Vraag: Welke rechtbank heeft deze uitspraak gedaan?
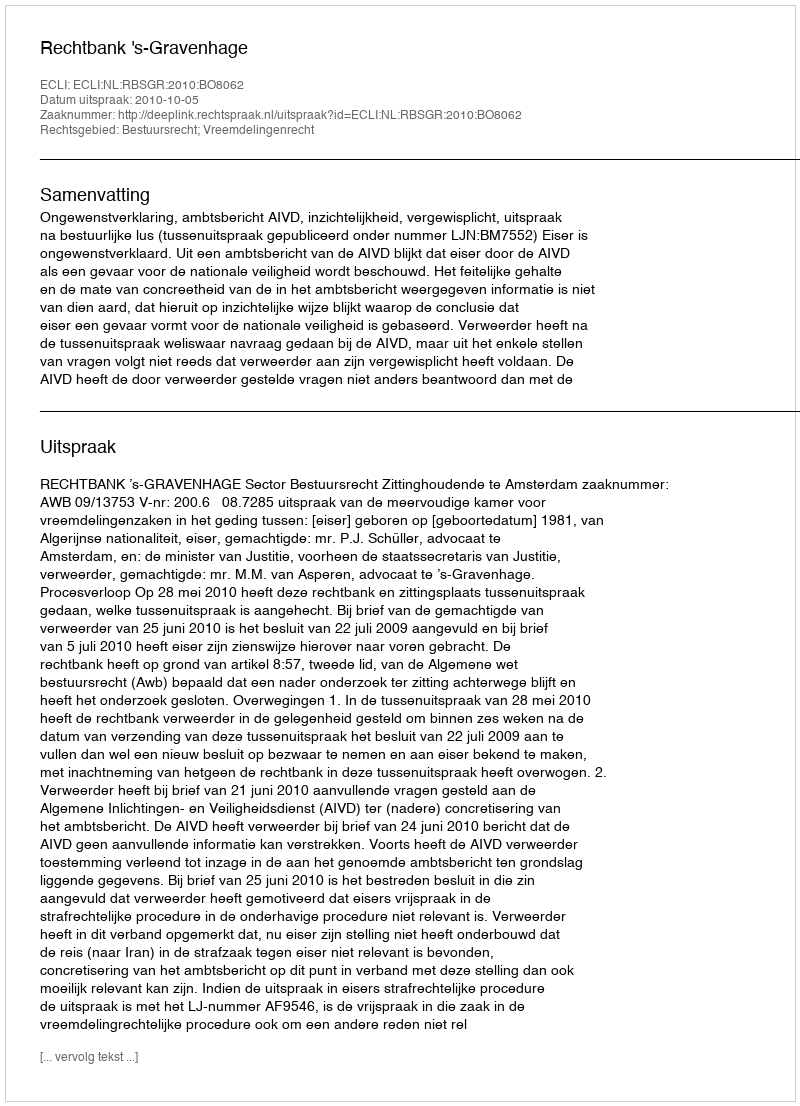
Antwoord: Rechtbank 's-Gravenhage